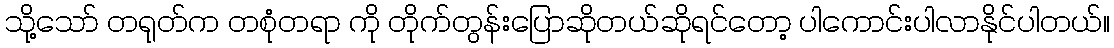
သို့သော် တရုတ်က တစုံတရာ ကို တိုက်တွန်းပြောဆိုတယ်ဆိုရင်တော့ ပါကောင်းပါလာနိုင်ပါတယ်။